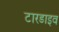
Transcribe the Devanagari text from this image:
टारडाइव